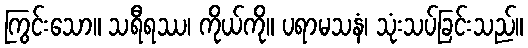
ကြွင်းသော။ သရီရဿ၊ ကိုယ်ကို။ ပရာမသနံ၊ သုံးသပ်ခြင်းသည်။